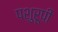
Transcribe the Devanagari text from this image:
पशुरूपी